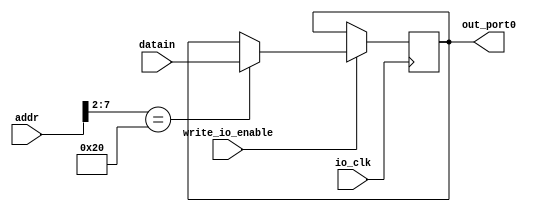
module io_output(addr, datain, write_io_enable, io_clk, out_port0);
    // TODO:  reset 
    input   [31: 0]     addr, datain;
    input               write_io_enable, io_clk;

    output  [31: 0]     out_port0;
    // 

    reg     [31: 0]     out_port0;
    // TODO: 

    always @ (posedge io_clk)
    begin
        if (write_io_enable == 1)
            case (addr[7: 2])
                6'b100000: out_port0 = datain;
            endcase
    end

endmodule